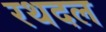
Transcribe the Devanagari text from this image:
रथदल